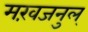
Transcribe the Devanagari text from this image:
मख़जनुल्